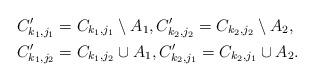
LaTeX: \begin{align*}C'_{k_1,j_1}&= C_{k_1,j_1} \setminus A_1,C'_{k_2,j_2}= C_{k_2,j_2} \setminus A_2,\\C'_{k_1,j_2}&= C_{k_1,j_2} \cup A_1,C'_{k_2,j_1}= C_{k_2,j_1} \cup A_2.\end{align*}